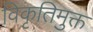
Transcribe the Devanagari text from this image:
विकृतिमुक्त